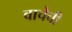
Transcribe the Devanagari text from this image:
वाचेची